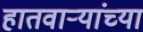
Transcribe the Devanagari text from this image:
हातवाऱ्यांच्या